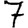
Digit: 7